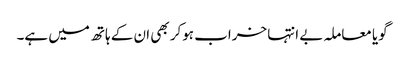
گویا معاملہ بے انتہا خراب ہوکر بھی ان کے ہاتھ میں ہے۔